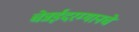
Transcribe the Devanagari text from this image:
चेन्नईदरम्यानचे